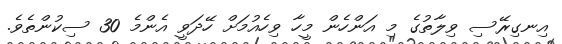
އިނގިރޭސި ވިލާތުގެ މި އަންހެން މީހާ ވިހެއުމަށް ހޭދަވީ އެންމެ 30 ސިކުންތެވެ.